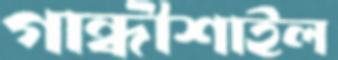
গান্ধীশাইল